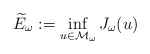
\begin{align*}\widetilde{E}_{\omega}:=\inf_{u\in\mathcal{M}_{\omega}}J_{\omega}(u)\end{align*}